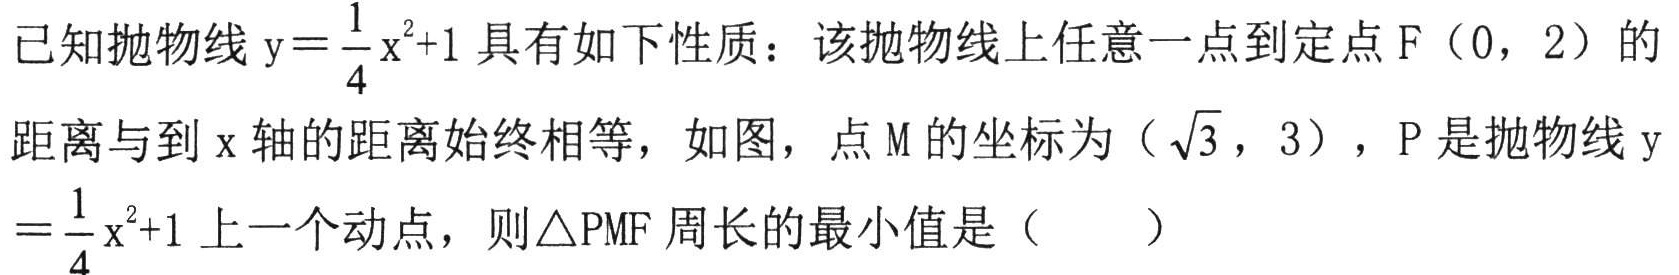
已知抛物线\(y = \frac{1}{4}x^{2}+1\)具有如下性质：该抛物线上任意一点到定点\(F(0,2)\)的距离与到\(x\)轴的距离始终相等，如图，点\(M\)的坐标为\((\sqrt{3},3)\)，\(P\)是抛物线\(y = \frac{1}{4}x^{2}+1\)上一个动点，则\(\triangle PMF\)周长的最小值是（  ）